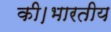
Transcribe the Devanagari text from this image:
की।भारतीय